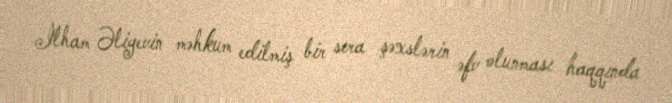
İlham Əliyevin məhkum edilmiş bir sıra şəxslərin əfv olunması haqqında